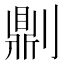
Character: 𠟭